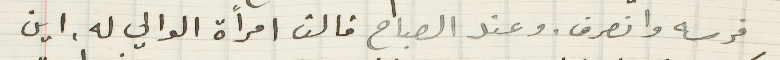
فرسه وانصرف. وعند الصباح قالت امرأة الوالي له اين